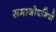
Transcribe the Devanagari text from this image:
समाजोद्यमियों